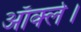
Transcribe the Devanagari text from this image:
ऑर्क्ल।